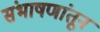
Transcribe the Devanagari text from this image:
संभाषणांतून